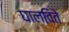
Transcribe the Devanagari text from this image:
घालविते